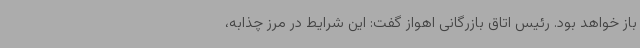
باز خواهد بود. رئیس اتاق بازرگانی اهواز گفت: این شرایط در مرز چذابه،